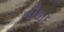
નૌશાદ